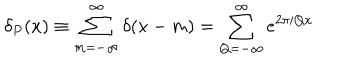
LaTeX: \delta _ { P } ( x ) \equiv \sum _ { m = - \infty } ^ { \infty } \delta ( x - m ) = \sum _ { Q = - \infty } ^ { \infty } e ^ { 2 \pi i Q x }